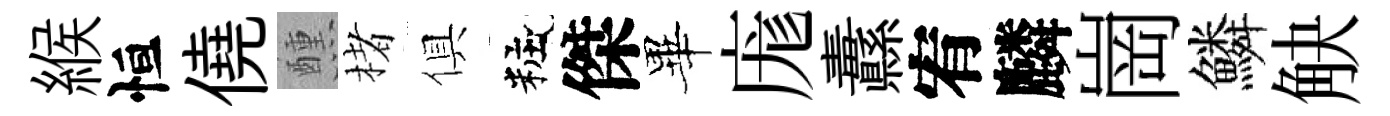
緱恒僥醺楮俱粧傑畢庬纛宥麟崗鱗觖